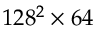
{ 1 2 8 ^ { 2 } } \times 6 4